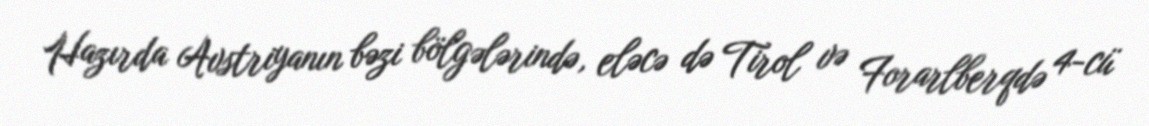
Hazırda Avstriyanın bəzi bölgələrində, eləcə də Tirol və Forarlberqdə 4-cü